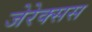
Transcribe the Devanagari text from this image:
जेरेक्सस